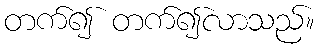
တက်၍ တက်၍လာသည်။